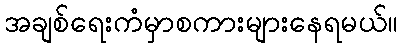
အချစ်ရေးကံမှာစကားများနေရမယ်။